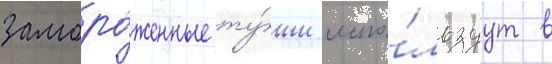
заморо́женные ту́ши испо́льзуут в